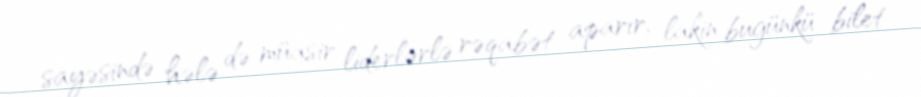
sayəsində hələ də müasir liderlərlə rəqabət aparır, lakin bugünkü bilet